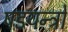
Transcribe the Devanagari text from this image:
षडयन्त्रो